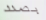
بصدد